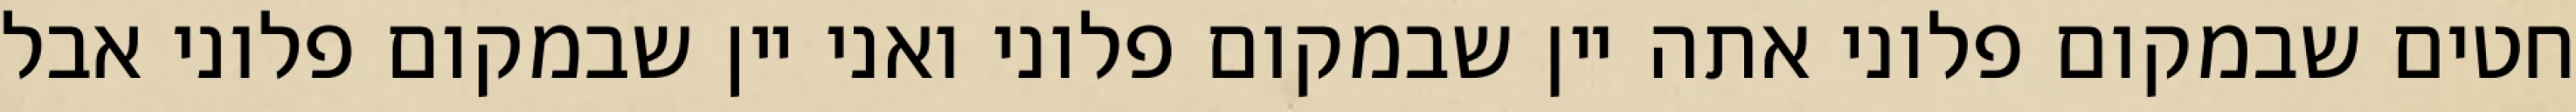
חטים שבמקום פלוני אתה יין שבמקום פלוני ואני יין שבמקום פלוני אבל